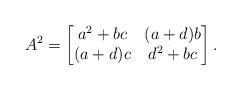
LaTeX: \begin{align*}A^2 = \begin{bmatrix}a^2 + bc & (a + d)b\\(a + d)c & d^2 + bc\end{bmatrix}.\end{align*}